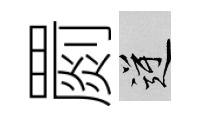
罽逆